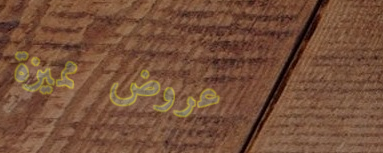
عروض مميزة